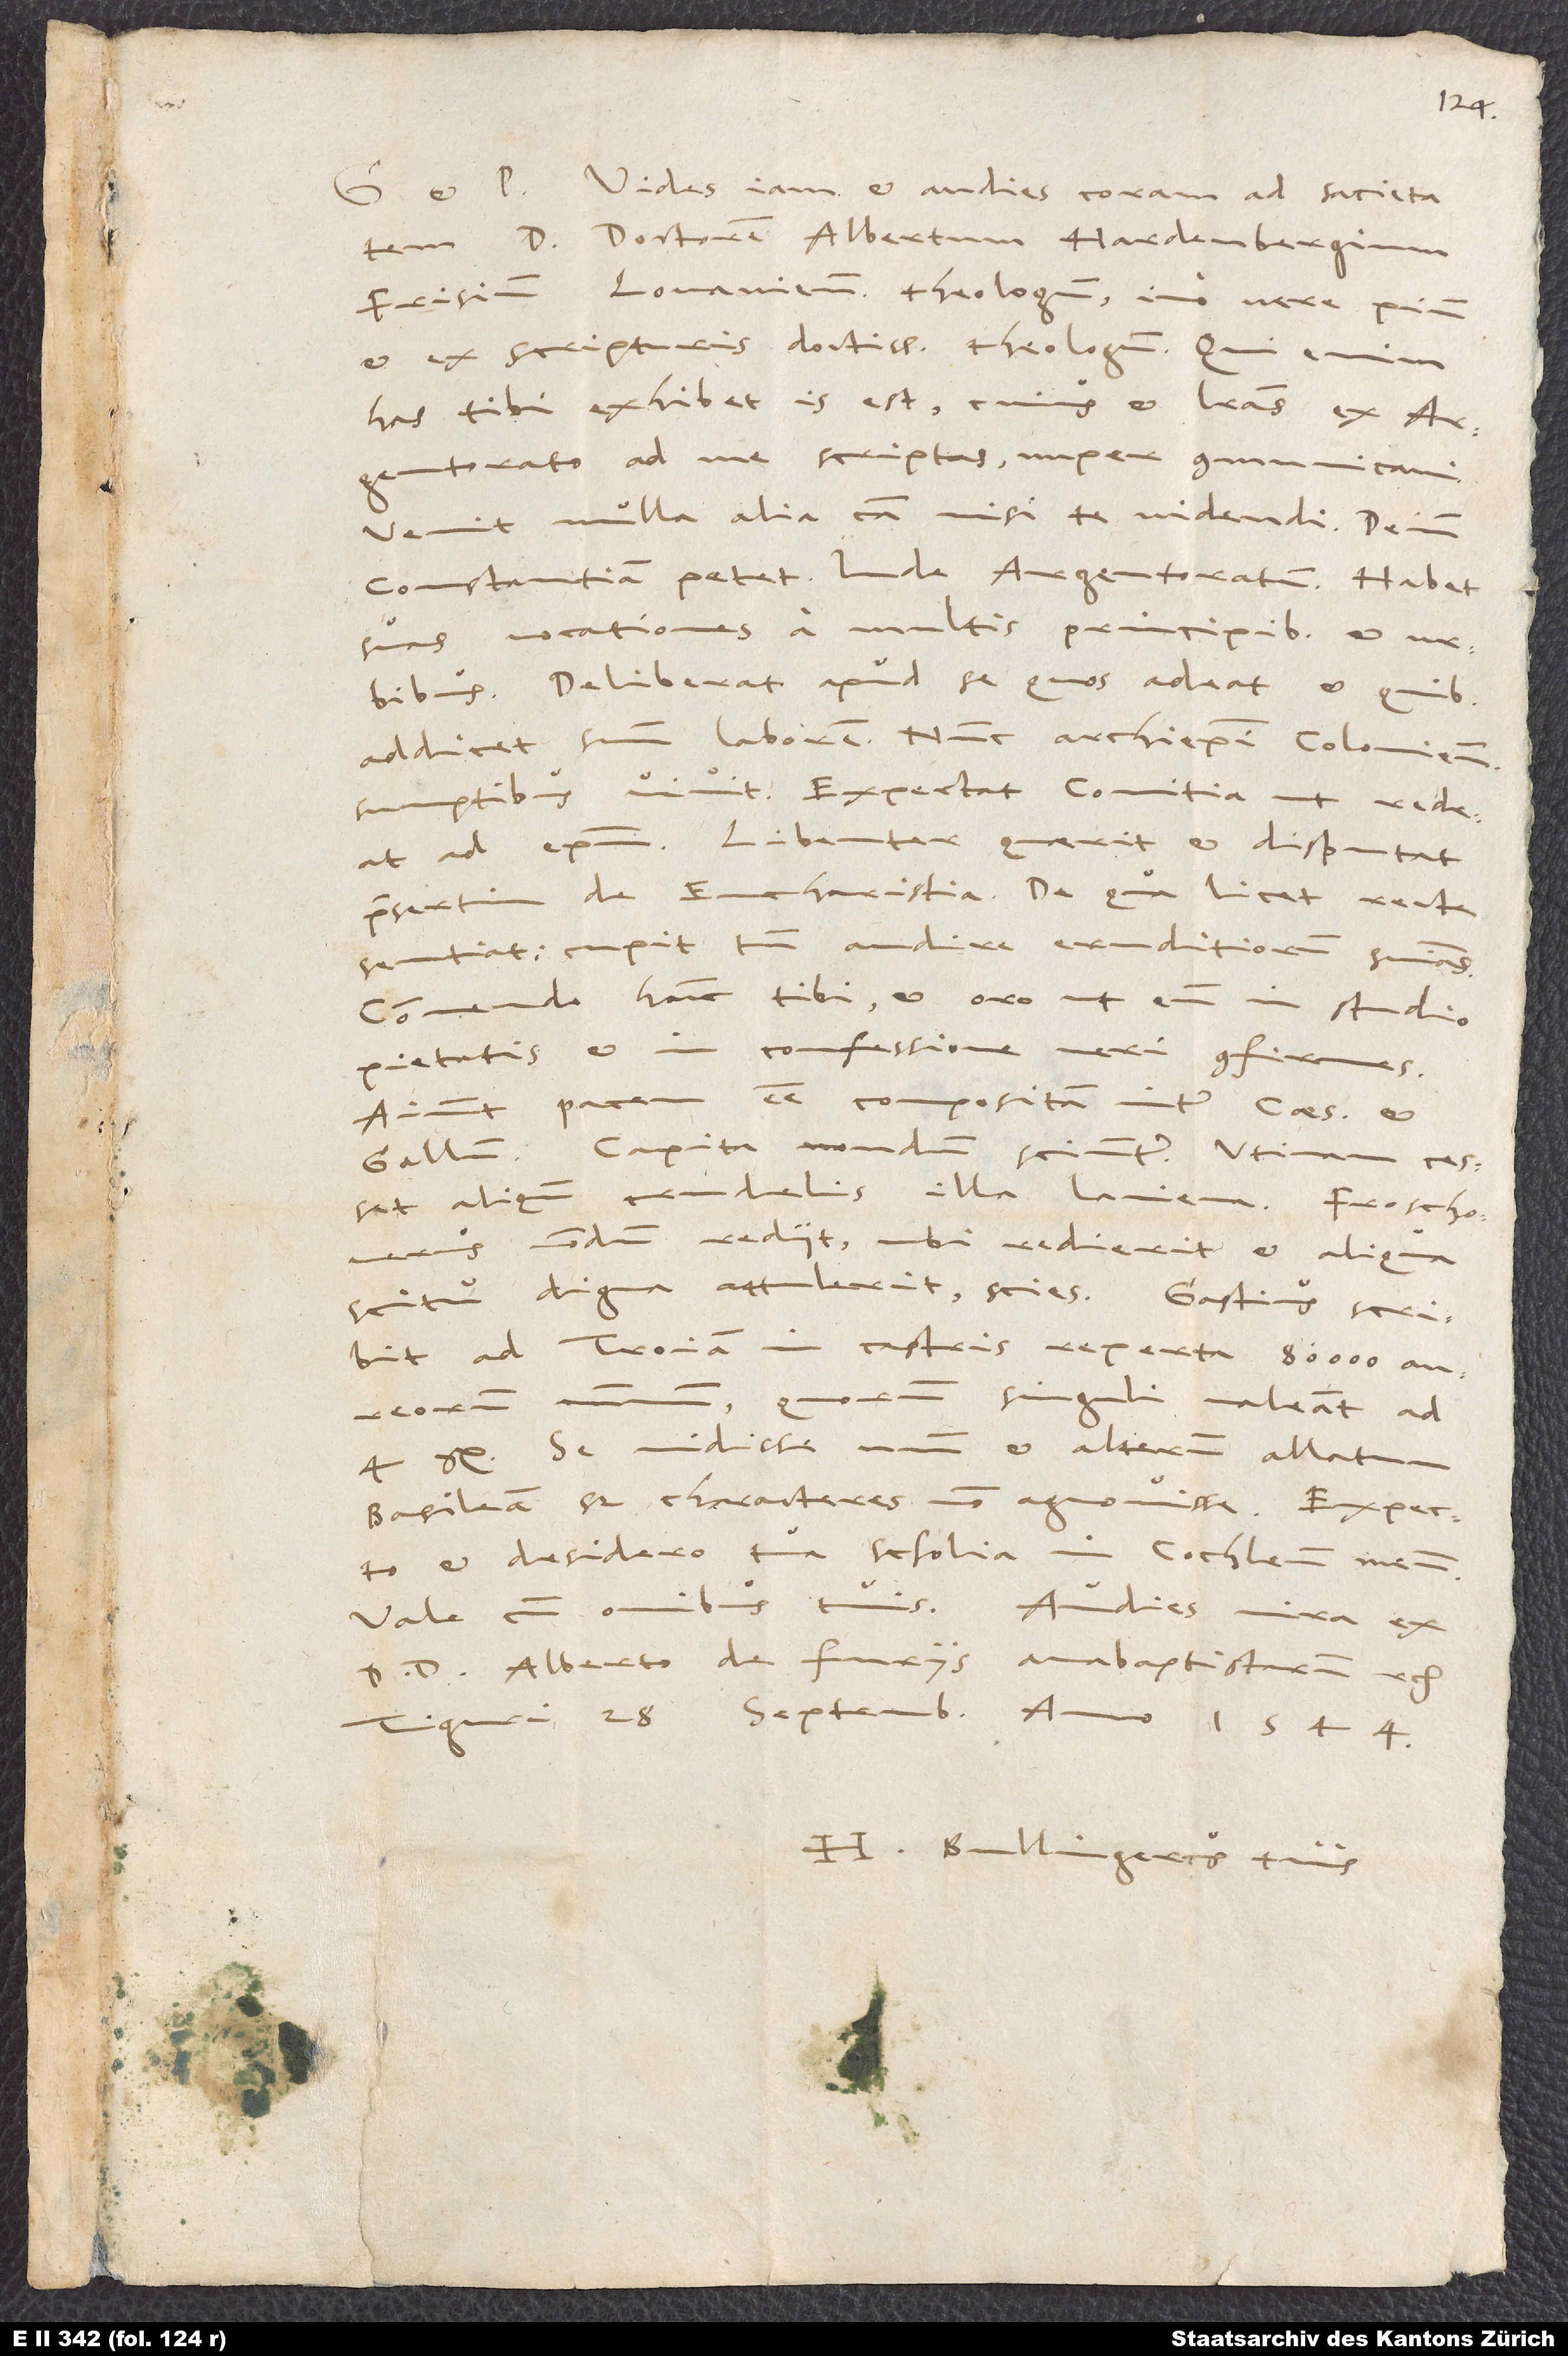
Vides iam et audies coram ad satietatem
D. doctorem Albertum Hardenbergium,
Frisium, Lovaniensem theologum, immo vere pium
et ex scripturis doctissimum theologum. Qui enim
has tibi exhibet, is est, cuius et literas ex
Argentorato ad me scriptas nuper communicavi.
Venit nulla alia causa nisi te videndi. Deinde
Constantiam petet, inde Argentoratum. Habet
suas vocationes a multis principibus et urbibus.
Deliberat apud se, quos adeat et quibus
addicet suum laborem. Nunc archiepiscopi Coloniensis
sumptibus vivit. Exspectat comitia, ut redeat
ad episcopum. Libenter quaerit et disputat,
praesertim de eucharistia. De qua licet recte
sentiat, cupit tamen audire eruditiorum sententias.
Commendo hunc tibi et oro, ut eum in studio
pietatis et in confessione veri confirmes.
Aiunt, pacem esse compositam inter Caesarem et
Gallum. Capita nondum sciuntur. Utinam cesset
aliquando crudelis illa laniena! Froschouerus
nondum rediit; ubi redierit et aliqua
scitu digna attulerit, scies. Gastius scribit,
ad Troiam in castris reperta 8000
quorum singuli valeant ad
aureorum nummum,
se vidisse unum et alterum allatum
Basileam, sed characteres non agnovisse. Exspecto
et desidero tua scholia in Cochlaeum meum.
Vale cum omnibus tuis. Audies mira ex
D. D. Alberto de furiis anabaptistarum etc.
Tiguri, 28. Septembris, anno 1544.
Bullingerus tuus.